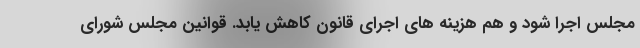
مجلس اجرا شود و هم هزینه های اجرای قانون کاهش یابد. قوانین مجلس شورای